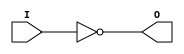

module not_gate(I,O);
	input I;
	output O;
	nand na12(O,I,I);
endmodule
module and_gate(I1,I2,O);
	input I1,I2;
	output O;
        wire W;
	nand na13(W,I1,I2);
        nand na14(O,W,W);
endmodule

module nand_3in(I1,I2,I3,O);
	input I1,I2,I3;
	output O;
	wire x,y;
	and_gate and3(I1,I2,x);
	and_gate and4(x,I3,y);
	not_gate na6(y,O);
endmodule
module D_LA_RE(D,C,RE,Q,Qnot);
	input D,C,RE;
	output Q,Qnot;
	wire D_not,Q_not1,Q1,x,y;
	nand na1(x,D,C);
	not_gate not1(D,D_not);
	nand na2(y,D_not,C);
	nand_3in na3_1(1'b1,x,Qnot,Q);
	nand_3in na3_2(RE,y,Q,Qnot);
endmodule
module D_FF_A_RE_HIGH_NE(D,C,RE,Q,Qnot);
	input D,C,RE;
	output Q,Qnot;
	wire RE_not,Q1,Q1_not,C_not;
	not_gate not_re(RE,RE_not);
	not_gate not_clk(C,C_not);
	D_LA_RE DRE1(D,C,RE_not,Q1,Q1_not);
	D_LA_RE DRE2(Q1,C_not,RE_not,Q,Qnot);
endmodule